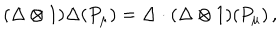
( \Delta \otimes 1 ) \Delta ( P _ { \mu } ) = \Delta \cdot ( \Delta \otimes 1 ) ( P _ { \mu } ) \, ,